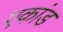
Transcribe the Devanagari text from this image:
एकांड